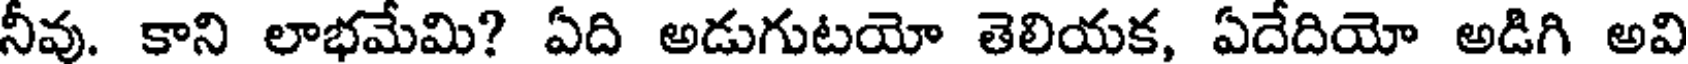
నీవు. కాని లాభమేమి? ఏది అడుగుటయో తెలియక, ఏదేదియో అడిగి అవి